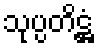
သုပ္ပတိဋ္ဌံ